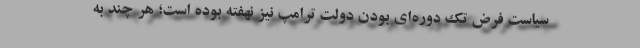
سیاست فرض تک دوره‌ای بودن دولت ترامپ نیز نهفته بوده است؛ هر چند به